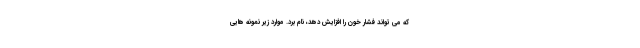
که می تواند فشار خون را افزایش دهد، نام برد. موارد زیر نمونه هایی